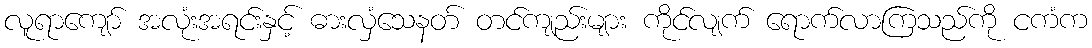
လူရာကျော် အလုံးအရင်းနှင့် ဓားလှံသေနတ် တင်ကျည်းများ ကိုင်လျက် ရောက်လာကြသည်ကို ငကံက